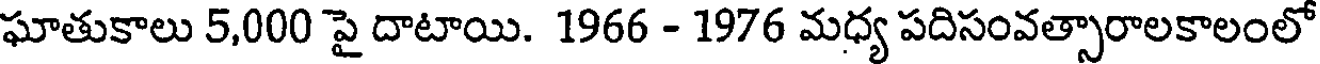
ఘాతుకాలు 5,000 పై దాటాయి. 1966 - 1976 మధ్య పదిసంవత్సారాలకాలంలో